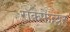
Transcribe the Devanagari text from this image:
रॉकेफेल्लर